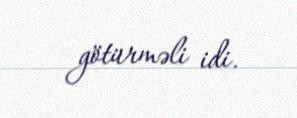
götürməli idi.